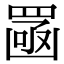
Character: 𦋣